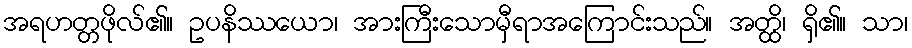
အရဟတ္တဖိုလ်၏။ ဥပနိဿယော၊ အားကြီးသောမှီရာအကြောင်းသည်။ အတ္ထိ၊ ရှိ၏။ သာ၊